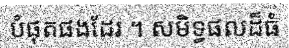
បំផុតផងដែរ ។ សមិទ្ធផលដ៏ធំ